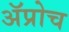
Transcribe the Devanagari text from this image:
अॅप्रोच